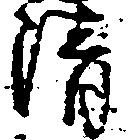
清